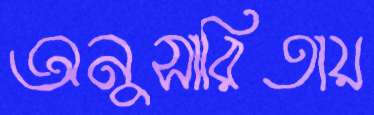
অনুসারিতায়